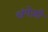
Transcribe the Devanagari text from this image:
चंगेज़ी